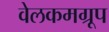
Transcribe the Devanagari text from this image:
वेलकमग्रूप